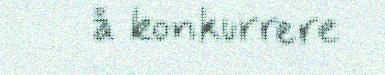
å konkurrere